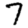
Digit: 7